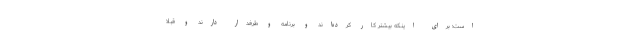
است؛ برای اینکه بیشتر کار کرده‌اند و برنامه و طرفدار دارند و قبلا